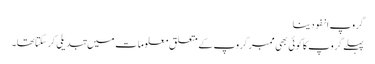
گروپ انفو دینا
پہلے گروپ کا کوئی بھی ممبر گروپ کے متعلق معلومات میں تبدیلی کرسکتاتھا۔